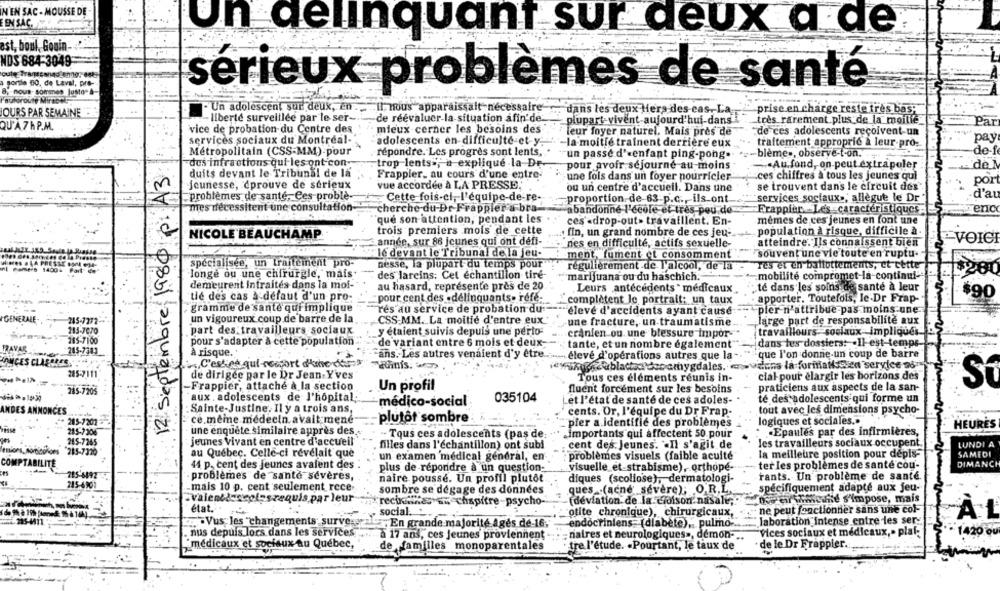
N'EN SAC - MOUSSE DE
EEN SAC.
Un delinquant sur deux a de
est, boul, Gouin-
NDS 684-3049
out Transe
agortle 60, de Laval, pre-
serieux problèmes de santé
8, nous sommes Justo" &"
autoroute Mirace
OURS PAR SEMAINE
- Un adolescent sur deux, en
il nous apparaissait nécessaire
dans les deux Hers des cas. La
prise en charge reste très bas;
liberte surveillee par le ser -..
de réévaluer-la-situation afin'de.
plupart-vivent-aujourd'hui-dans
très rarement plus de la moille
Par
QU'A7hP.M.
vice de probation du Centre des
mieux cerner les besoins des
leur foyer naturel. Mais pres de
de ces adolescents reçoivent-un
services sociaux du Montréal-
adolescents en difficulté et y;
pay
`-la moitié trainent derrière eux
traitement approprié a leur pro-
Métropolitain (CSS-MM) pour
répondre. Les progres sont lents,
-blème», observe-t-on.
de-f
un passe d'enfant ping-pong.
des infractions qui les ont con
trop lents =; a expliqué la De
pour avoir séjourne au moins
.. Au fond, on peut extrapoler
de
12 Septembre 1980 p. A3
duits devant le Tribunal de la
Frappier, au cours d'une entre-
une fois dans un foyer pourricier
ces chiffres à tous les jeunes qui
port
jeunesse, cprouve de sérieux
vue accordée à LA PRESSE.
ou un centre d'accueil. Dans une
se trouvent dans le circuit des
d'au
problèmes de santé, Ces proble-
Cette fois-ci, l'équipe-de-re-
proportion-de-63-p.c ., ils ont
services sociaux», allegue le Dr
nes decessitent une consultation-
cherche du-Dr Frappier a bra-
abandonné l'école-et très peu de
Frappier. Les caractéristiques
enc
que son attention, pendant les
ces -drop-out> travaillent. En-
mêmes de ces jeunes en font une
trois premiers mois de cette
NICOLE BEAUCHAMP
fin, un grand nombre de ces jeu-
population à risque, difficile à
année, sur 86 jeunes qui ont defi-
atteindre. Ils connaissent bien
VOICI
nes en difficulté, actifs sexuelle-
lé devant le Tribunal de la jeu-
souvent une vie toute en ruptu-
ment, fument et consomment
spécialisée, un traitement pro-
nesse, la plupart du temps pour
res et en ballottements, ct cette
régulièrement-de l'alcool, de la
2.280
longe ou une chirurgie, mais.
des larcins: Cet échantillon tiré-
marijuana ou du haschich."
mobilité compromet-la-continui-
demeurent intraités dans la mof-
au hasard, représente près de 20
Leurs antecedents * médicaux
té dans les soins de santé à leur
$90
tie des cas a défaut d'un pro-
pour cent des -délinquants- réfé-
complètent le portrait: un taux
apporter. Toutefois, le.Dr Frap-
gramme de sante qui implique
res au service de probation du:
'élevé d'accidents ayant causé
pier n'attribue-pas moins une
un vigoureux coup de barre de la
GENERALE-
245-7772-
CSS-MM. La moitié d'entre eux
une fracture, un traumatisme
large part de responsabilite aux
183-7070
part des travailleurs sociaux
y étaient suivis depuis une perto-
crânien ou une blessure impor-
travailleurs-sociaux-impliqués_
285-7100
pour s'adapter à cette population
de variant entre 6 mois et deux-
TRAVAR
tante, et un nombre également
dans tus dossiers: - Il est temps
243-7383
À risque ..
ans. Les autres venaient d'y être ..
que l'on donne un coup de barre
élevé d'opérations autres que la
KONCES CLASS
re
C'esties qui-ressort dhohe dar
adinis.
285-7111
de dirigée par le Dr Jean-Yves
Tous ces éléments réunis in-
clal pour élargir les borizons des
-Frappier, attaché à la section
Un profil
fluent forcément sur les besoins
praticiens aux aspects de la san-
285-7205
aux . adolescents de l'hôpital;
035104
ét l'état de santé de ces adoles-
té des adolescents qui forme un
médico-social
INDES ANNONCES
: Sainte-Justine. Il y a trois ans,
cents. Or, l'équipe du Dr Frap-
tout avec les dimensions psycho-
ce.même médecin avait mené
plutôt sombre
205-7201 >
pier a identifié des problèmes
logiques et sociales.»
HEURES
285-7206
une enquête similaire auprès des
-- Tous ces adolescents (pas de:
importants qui affectent 50 pour
* Epaules par des infirmières,
245-7265
jeunes vivant en centre d'accueil
les travailleurs sociaux occupent
LUNDI A
filles dans l'échantillon) ont subi
cent des Jeunes. «Il s'agit de
enions, sorticolors
215-7320
au Québec. Celle-ci révélait que
la meilleure position pour depis-
SAMEDI
un examen medical general, en-
problèmes visuels (faible acuité
COMPTABILITÉ
44 p. cent des jeunes avaient des
ter les problèmes de santé cou-
DIMANCH
plus de répondre à un question-
visuelle_et-strabisme), orthope-
215-6492
problèmes de santé sévères,
naire poussé. Un profil plutôt
diques (scoliose), dermatologi-
rants. Un problème de santé
245-6901
mais 10 p. cent seulement rece
sombre se dégage des données
ques .(acné sévère); OR,L.
spécifiquement adapté aux jeu-
Valent's
esrequis par leur
recintides sw chapitre-psycho-
(déviation de la cloison"nasale;""
Die of wwicime s'impose, mais
état.
social:
otite chronique), chirurgicaux,
ne peut fonctionner sans une col-
ÀL
.. . Vus les "changements surve."
En grande majorité Ages de-16.
endocriniens (diabète), pulmo-
laboration intense entre les ser-
nus depuis lors dans les services
a 17 ans, ces jeunes proviennent
naires et neurologiques», demon-
"Vices sociaux et médicaux ,. plaf;
1420 00
médicaux et sociaux au Québec,
de familles monoparentales
tre l'étude. . Pourtant, le taux de
de le Dr Frappier.